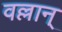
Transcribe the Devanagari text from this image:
वल्लान्